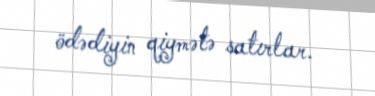
ödədiyin qiymətə satırlar.